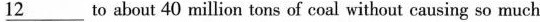
\underline{12} to about 40 million tons of coal without causing so much